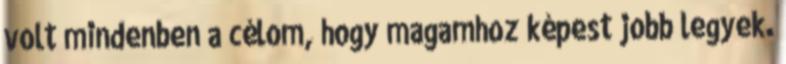
volt mindenben a célom, hogy magamhoz képest jobb legyek.